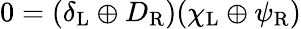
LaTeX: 0=(\delta_{\mathrm{{L}}}\oplus D_{\mathrm{{R}}})(\chi_{\mathrm{{L}}}\oplus\psi_{\mathrm{{R}}})